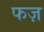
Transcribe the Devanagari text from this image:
फज़